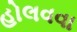
હોલવવા